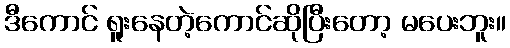
ဒီကောင် ရူးနေတဲ့ကောင်ဆိုပြီးတော့ မပေးဘူး။